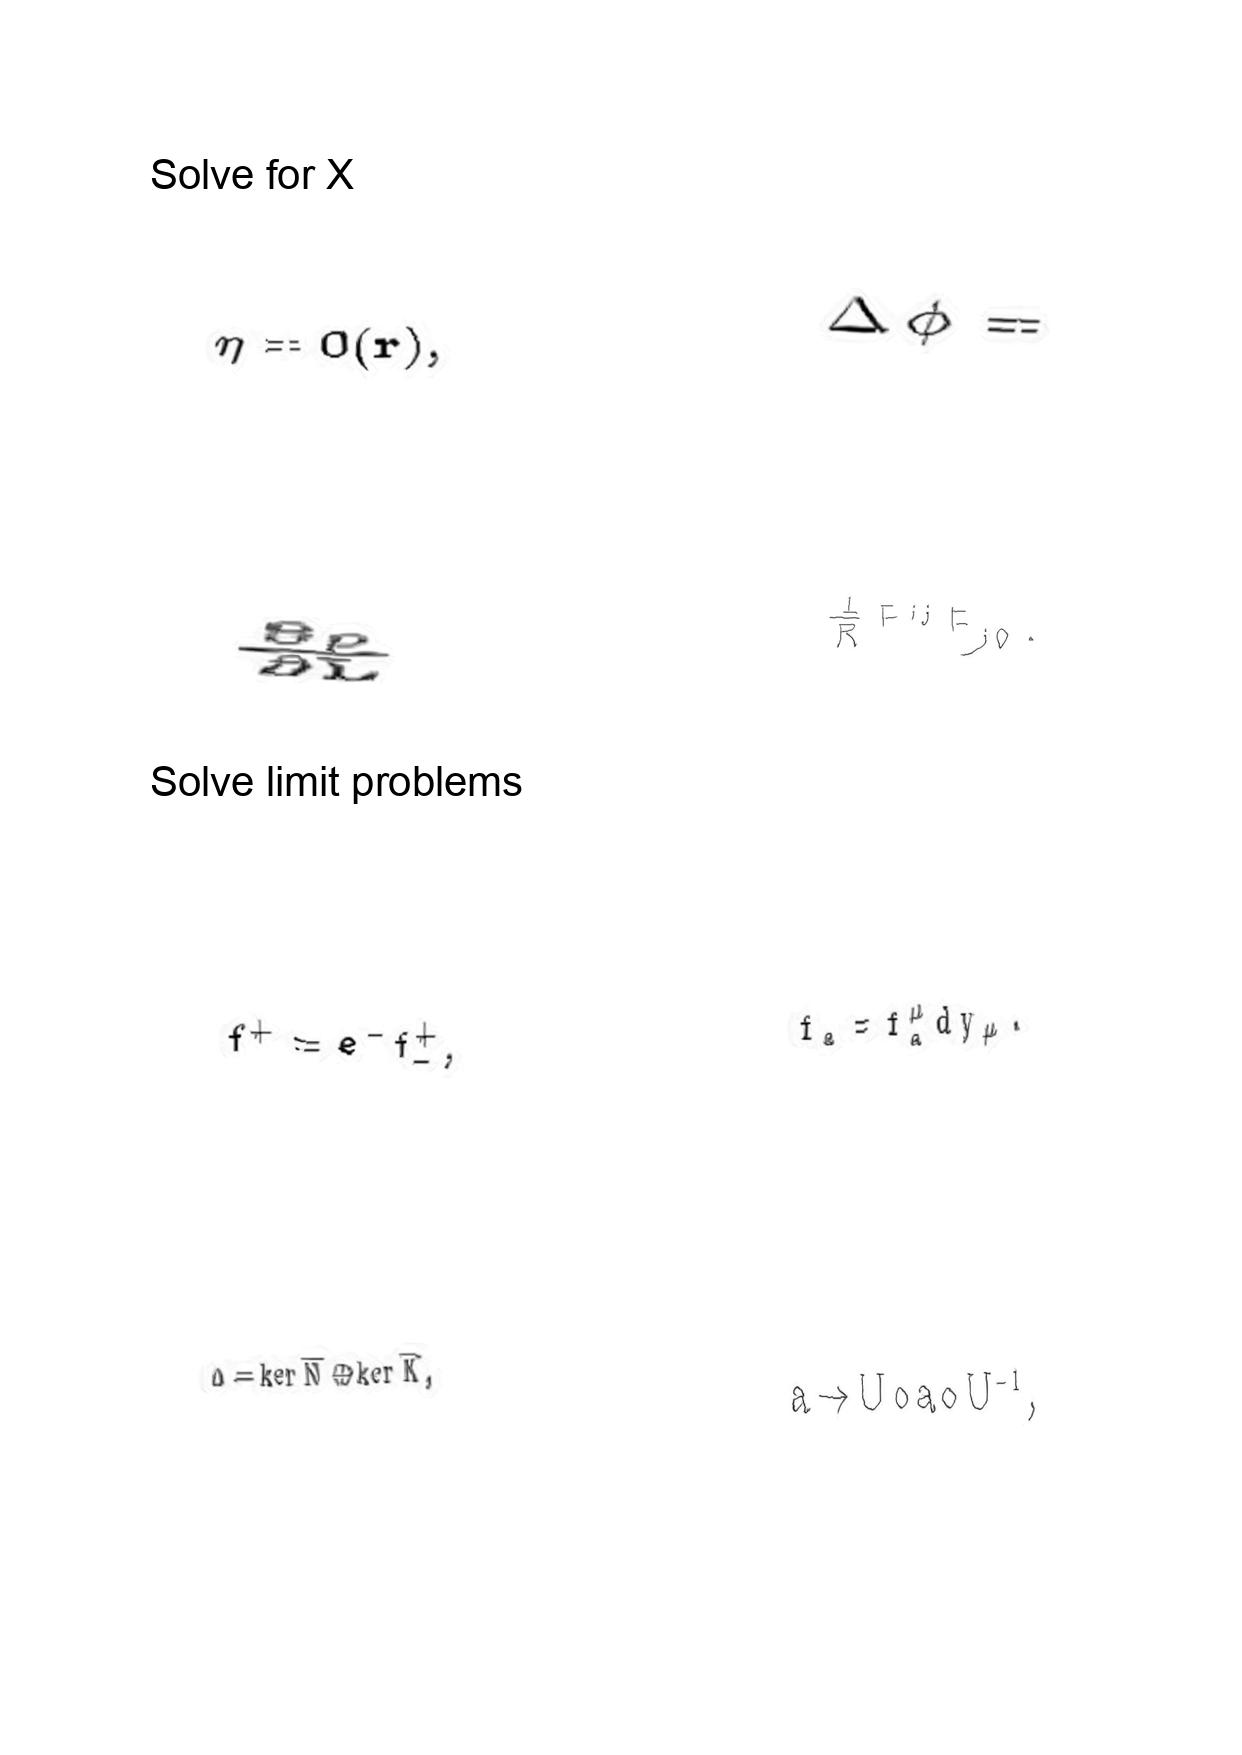
LaTeX transcription:
\eta = O \lparen r \rparen ,
\frac { \partial \rho } { \partial L }
f ^ { + } = e ^ { - } f _ { - } ^ { + } ,
\Delta = \ker \hat { N } \oplus \ker \hat { K } ,
\Delta \phi =
\frac { 1 } { R } F ^ { i j } F _ { j 0 } .
f _ { a } = f _ { a } ^ { \mu } d y _ { \mu } .
a \rightarrow U \circ a \circ U ^ { - 1 } ,